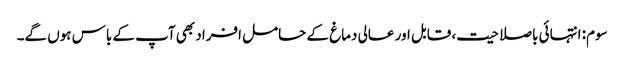
سوم: انتہائی باصلاحیت، قابل اور عالی دماغ کے حامل افراد بھی آپ کے باس ہوں گے۔